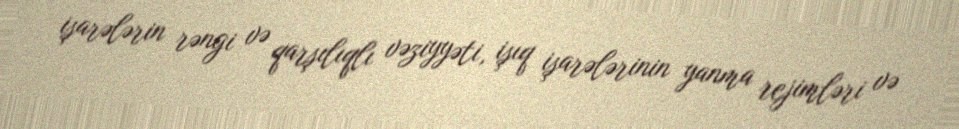
işarələrin rəngi və qarşılıqlı vəziyyəti, işıq işarələrinin yanma rejimləri və